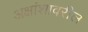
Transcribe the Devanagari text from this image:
अक्षांशावरील